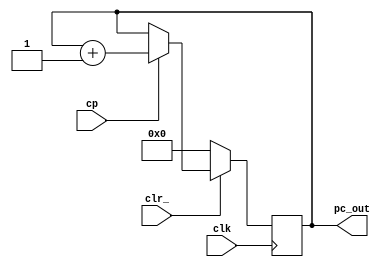
// This program was cloned from: https://github.com/tangxifan/micro_benchmark
// License: MIT License

 module PC(
	output reg [3:0] pc_out,
	input cp,
	input clk,
	input clr_
	);
	
	always @(posedge clk)
	begin
		if(~clr_) pc_out <= 0;
		else if (cp) pc_out <= pc_out + 1;
	end
			
endmodule